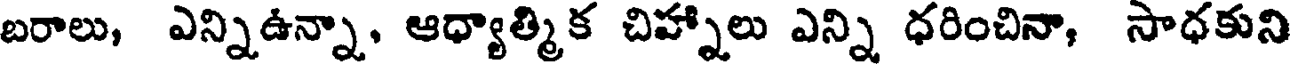
బరాలు, ఎన్నిఉన్నా, ఆధ్యాత్మిక చిహ్నాలు ఎన్ని ధరించినా, సాధకుని